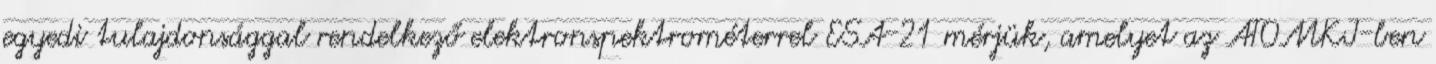
egyedi tulajdonsággal rendelkező elektronspektrométerrel ESA-21 mérjük, amelyet az ATOMKI-ben